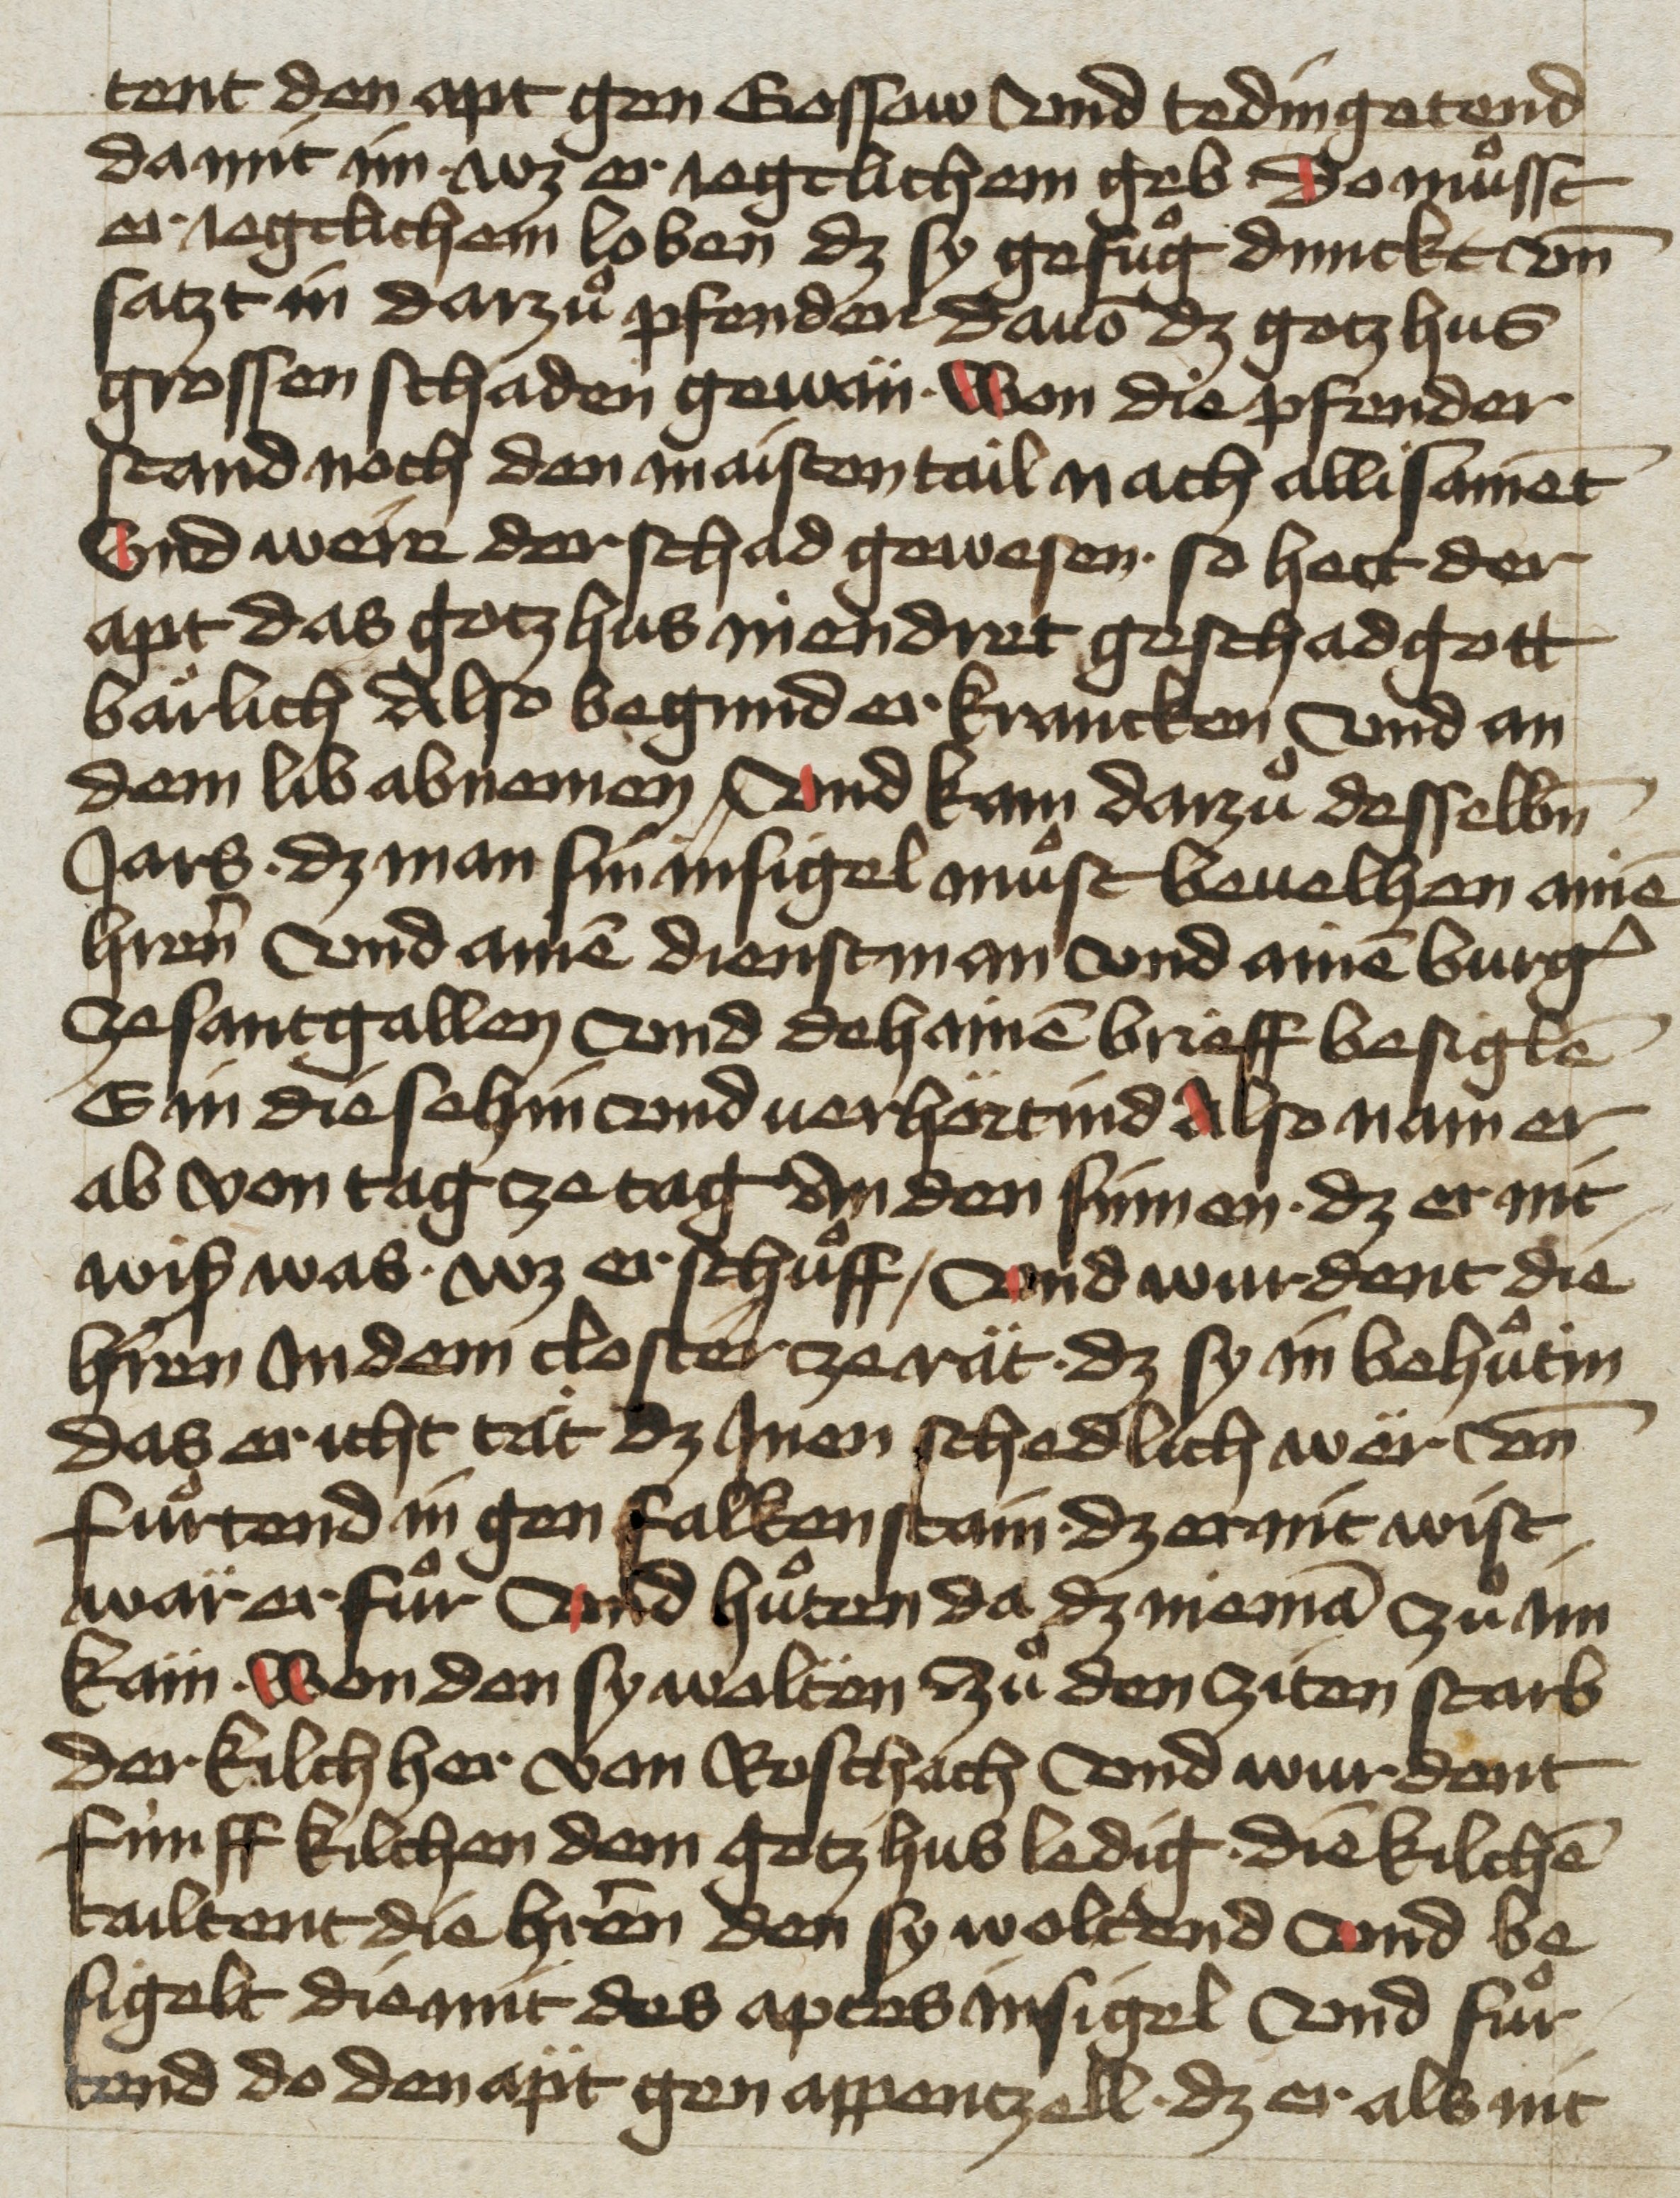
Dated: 1455–1465